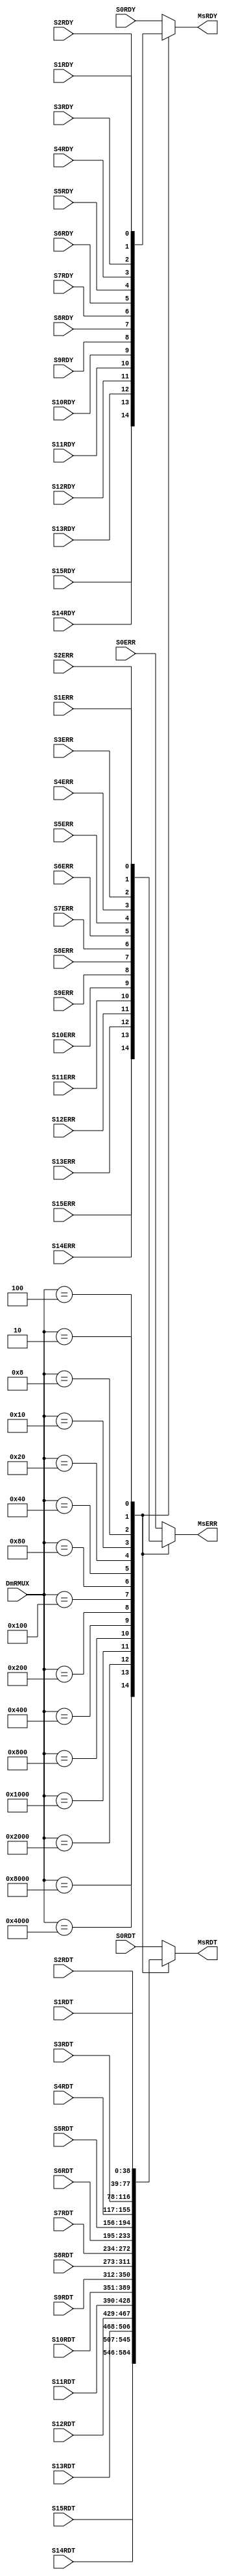
/****************************************************************************
*                                                                           *
*	                Slave To Master Mux(Read Data Mux)                      *
*                                                                           *
*****************************************************************************/


module RMUX 
(
	//DFT_SLV
	input	wire	[38:0]		S0RDT,
	input	wire				S0RDY,
	input	wire				S0ERR,
	
	input	wire	[38:0]		S1RDT,
	input	wire				S1RDY,
	input	wire				S1ERR,

	input	wire	[38:0]		S2RDT,
	input	wire				S2RDY,
	input	wire				S2ERR,

	input	wire	[38:0]		S3RDT,
	input	wire				S3RDY,
	input	wire				S3ERR,

	input	wire	[38:0]		S4RDT,
	input	wire				S4RDY,
	input	wire				S4ERR,

	input	wire	[38:0]		S5RDT,
	input	wire				S5RDY,
	input	wire				S5ERR,

	input	wire	[38:0]		S6RDT,
	input	wire				S6RDY,
	input	wire				S6ERR,

	input	wire	[38:0]		S7RDT,
	input	wire				S7RDY,
	input	wire				S7ERR,

	input	wire	[38:0]		S8RDT,
	input	wire				S8RDY,
	input	wire				S8ERR,

	input	wire	[38:0]		S9RDT,
	input	wire				S9RDY,
	input	wire				S9ERR,

	input	wire	[38:0]		S10RDT,
	input	wire				S10RDY,
	input	wire				S10ERR,

	input	wire	[38:0]		S11RDT,
	input	wire				S11RDY,
	input	wire				S11ERR,

	input	wire	[38:0]		S12RDT,
	input	wire				S12RDY,
	input	wire				S12ERR,

	input	wire	[38:0]		S13RDT,
	input	wire				S13RDY,
	input	wire				S13ERR,

	input	wire	[38:0]		S14RDT,
	input	wire				S14RDY,
	input	wire				S14ERR,

	input	wire	[38:0]		S15RDT,
	input	wire				S15RDY,
	input	wire				S15ERR,

	input	wire	[15:0]		DmRMUX,

	output	reg		[38:0]		MsRDT,
	output  reg					MsRDY,
	output	reg					MsERR
);	


	always@*
	begin
		case(DmRMUX)
		16'h8000: MsRDT <= S15RDT;
		16'h4000: MsRDT <= S14RDT;
		16'h2000: MsRDT <= S13RDT;
		16'h1000: MsRDT <= S12RDT; 

		16'h0800: MsRDT <= S11RDT;
		16'h0400: MsRDT <= S10RDT;
		16'h0200: MsRDT <= S9RDT; 
		16'h0100: MsRDT <= S8RDT;

		16'h0080: MsRDT <= S7RDT;
		16'h0040: MsRDT <= S6RDT; 
		16'h0020: MsRDT <= S5RDT;
		16'h0010: MsRDT <= S4RDT;

		16'h0008: MsRDT <= S3RDT; 
		16'h0004: MsRDT <= S2RDT;
		16'h0002: MsRDT <= S1RDT;
		16'h0001: MsRDT <= S0RDT; 
		default:MsRDT <= S0RDT;					//Default Slave 
		endcase
	end

	always@*
	begin
		case(DmRMUX)
		16'h8000:  MsRDY <= S15RDY;
		16'h4000:  MsRDY <= S14RDY;
		16'h2000:  MsRDY <= S13RDY;
		16'h1000:  MsRDY <= S12RDY; 

		16'h0800:  MsRDY <= S11RDY;
		16'h0400:  MsRDY <= S10RDY;
		16'h0200:  MsRDY <= S9RDY;
		16'h0100:  MsRDY <= S8RDY; 

		16'h0080:  MsRDY <= S7RDY;
		16'h0040:  MsRDY <= S6RDY;
		16'h0020:  MsRDY <= S5RDY;
		16'h0010:  MsRDY <= S4RDY; 
                
		16'h0008:  MsRDY <= S3RDY;
		16'h0004:  MsRDY <= S2RDY;
		16'h0002:  MsRDY <= S1RDY;
		16'h0001:  MsRDY <= S0RDY; 
		default: MsRDY <= S0RDY;					//Default Slave 
		endcase
	end

	always@*
	begin
		case(DmRMUX)
		16'h8000:  MsERR <= S15ERR;
		16'h4000:  MsERR <= S14ERR;
		16'h2000:  MsERR <= S13ERR;
		16'h1000:  MsERR <= S12ERR; 

		16'h0800:  MsERR <= S11ERR;
		16'h0400:  MsERR <= S10ERR;
		16'h0200:  MsERR <= S9ERR;
		16'h0100:  MsERR <= S8ERR; 

		16'h0080:  MsERR <= S7ERR;
		16'h0040:  MsERR <= S6ERR;
		16'h0020:  MsERR <= S5ERR;
		16'h0010:  MsERR <= S4ERR; 

		16'h0008:  MsERR <= S3ERR;
		16'h0004:  MsERR <= S2ERR;
		16'h0002:  MsERR <= S1ERR;
		16'h0001:  MsERR <= S0ERR; 
		default: MsERR <= S0ERR;					//Default Slave
		endcase
	end



endmodule